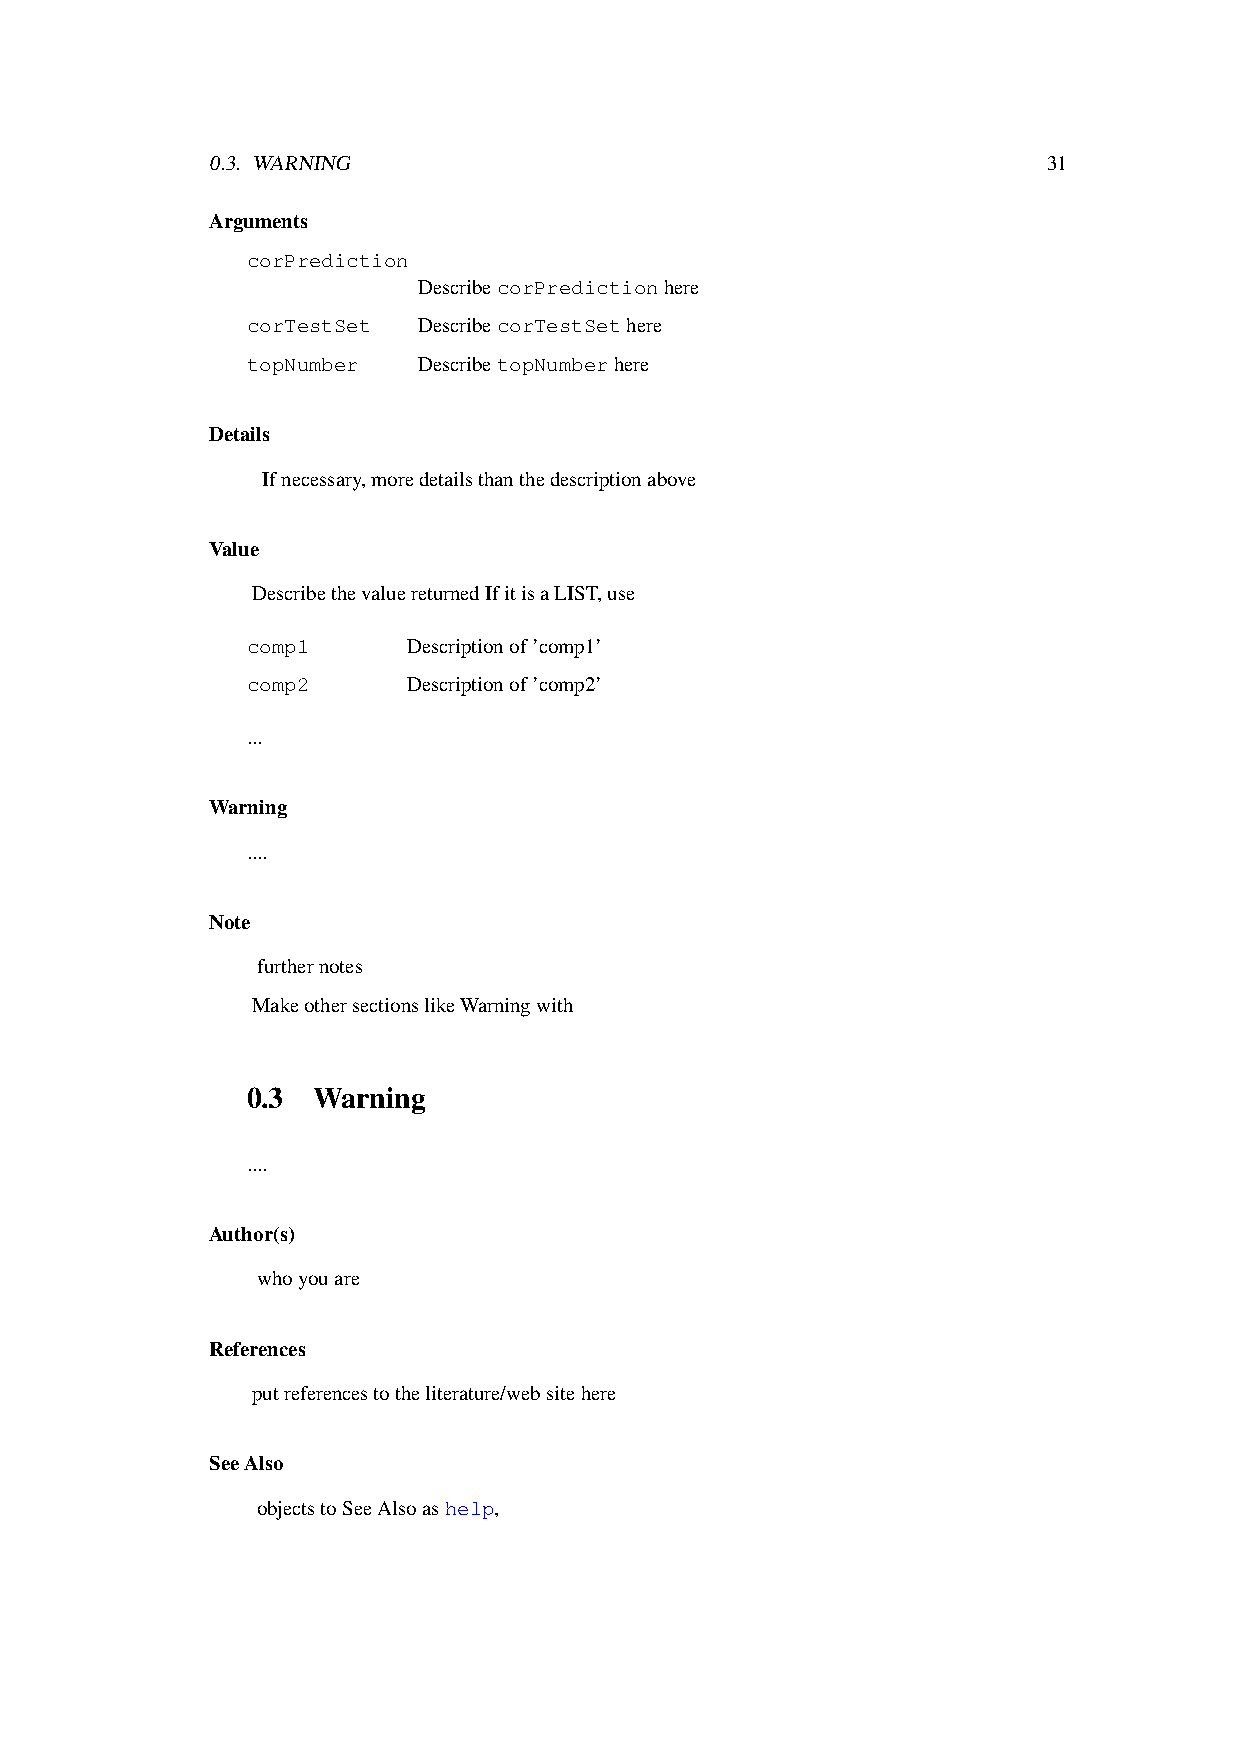
0.3. WARNING                                           31
 Arguments
 corPrediction
 DescribecorPredictionhere
 corTestSet  DescribecorTestSethere
 topNumber   DescribetopNumberhere
 Details
 Ifnecessary,moredetailsthanthedescriptionabove
 Value
 DescribethevaluereturnedIfitisaLIST,use
 comp1      Descriptionof’comp1’
 comp2      Descriptionof’comp2’
 ...
 Warning
 ....
 Note
 furthernotes
 MakeothersectionslikeWarningwith
 0.3  Warning
 ....
 Author(s)
 whoyouare
 References
 putreferencestotheliterature/websitehere
 SeeAlso
 objectstoSeeAlsoashelp,